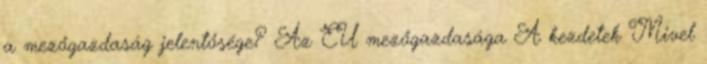
a mezőgazdaság jelentősége? Az EU mezőgazdasága A kezdetek Mivel